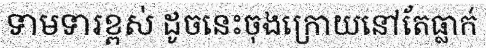
ទាមទារខ្ពស់ ដូចនេះចុងក្រោយនៅតែធ្លាក់